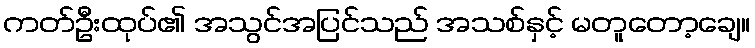
ကတ်ဦးထုပ်၏ အသွင်အပြင်သည် အသစ်နှင့် မတူတော့ချေ။